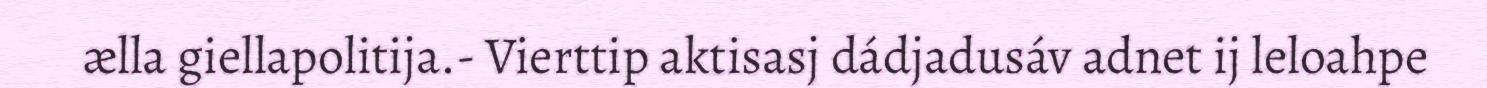
ælla giellapolitija.- Vierttip aktisasj dádjadusáv adnet ij leloahpe